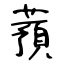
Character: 蕷